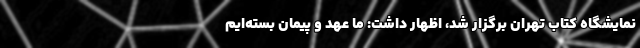
نمایشگاه کتاب تهران برگزار شد، اظهار داشت: ما عهد و پیمان بسته‌ایم